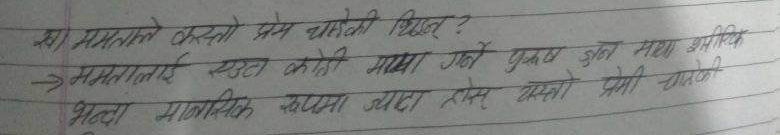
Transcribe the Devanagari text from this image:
१) या ममतले कस्तो प्रेम चाहेकी थिइन?
२) ममतलाई एउटा कोही माया गर्ने पुरुष साथै शारीरिक
३) भन्दा मानसिक रुपमा ज्यादा ठोस कस्तो प्रेमी चाहेकी